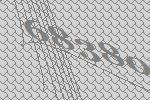
68380